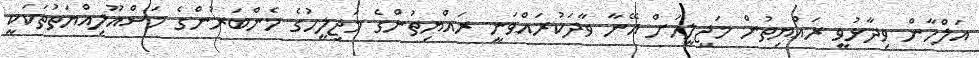
އަލްހާން ވިދާޅުވީ ރައްޔިތުން މަޖިލީހަށް އޭނާ ވާދަކުރައްވަނީ ރައްޔިތުންގެ މަޖިލީހުގެ މެންބަރުންގެ މަސްއޫލިއްޔަތުތަކަކީ